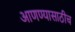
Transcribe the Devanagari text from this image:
आणण्यासाठीच